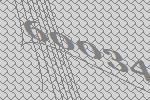
60034